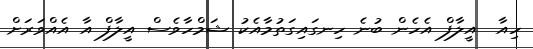
ހިއާ  އީލާފް އެހެން ބުނެ ހިނގައިގަތުމާއެކު ޝަމްހާާވެސް އީލާފް އާ އެއްވަރަށް